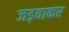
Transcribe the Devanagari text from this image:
जड़वाकर